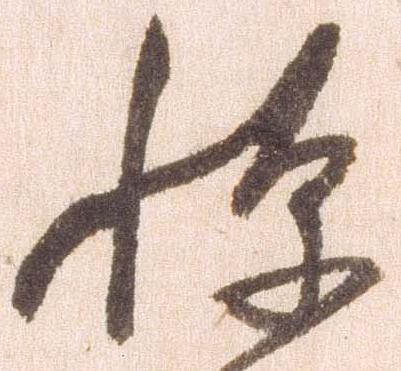
憚